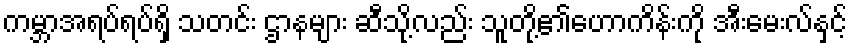
ကမ္ဘာအရပ်ရပ်ရှိ သတင်း ဌာနများ ဆီသို့လည်း သူတို့၏ဟောကိန်းကို အီးမေးလ်နှင့်